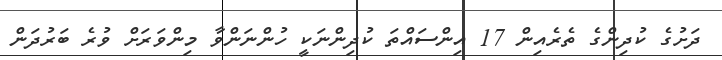
ދަށުގެ ކުދިންގެ ތެރެއިން 17 އިންސައްތަ ކުދިންނަކީ ހުންނަންވާ މިންވަރަށް ވުރެ ބަރުދަން